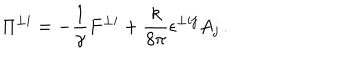
LaTeX: \Pi ^ { \perp i } = - \frac { 1 } { \gamma } F ^ { \perp i } + \frac { k } { 8 \pi } \epsilon ^ { \perp i j } A _ { j } \, .